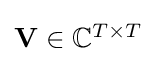
{\textstyle \mathbf {V} \in \mathbb {C} ^{T\times T}}